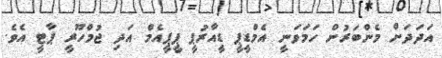
އަދަދަށް މެންބަރުން ހަމަވަނީ އެމްޑީޕީ ޑީއާރުޕީ ޕީޕީއެމް އަދި ޖުމްހޫރީ ޕާޓީ އެވެ.